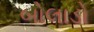
બોલાડો